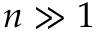
n \gg 1